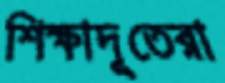
শিক্ষাদূতেরা